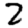
Digit: 2